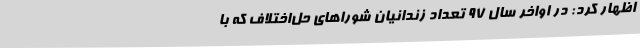
اظهار کرد: در اواخر سال 97 تعداد زندانیان شوراهای حل‌اختلاف که با